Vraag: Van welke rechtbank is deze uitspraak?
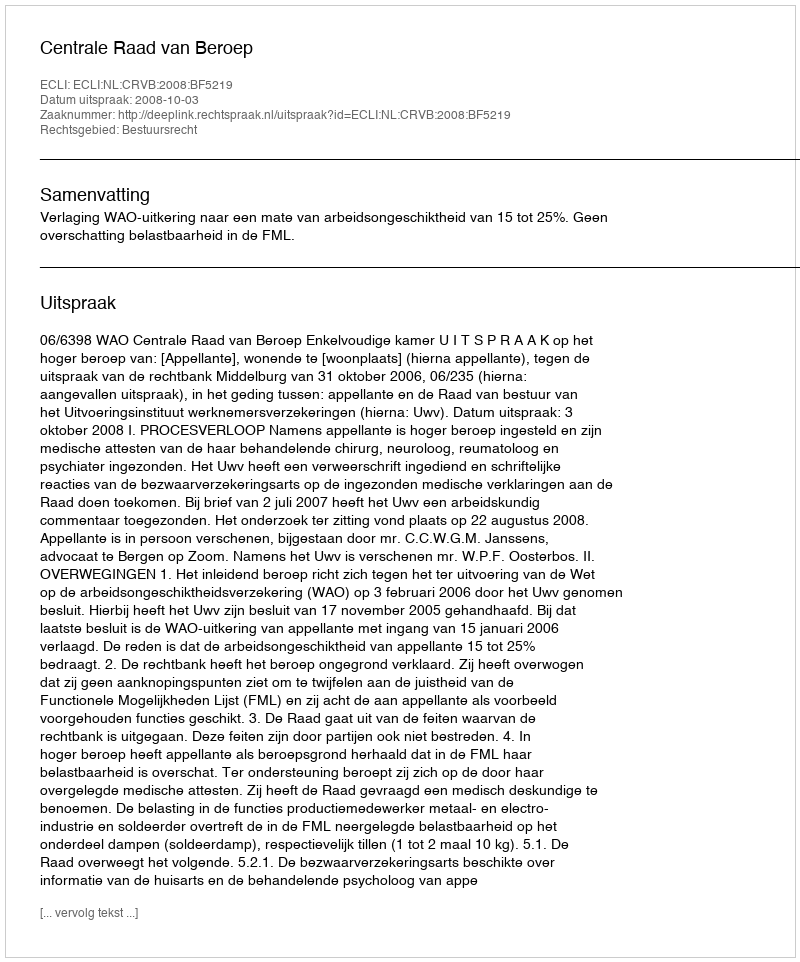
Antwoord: Centrale Raad van Beroep